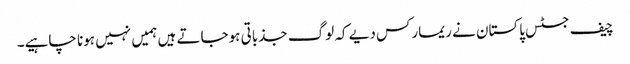
چیف جسٹس پاکستان نے ریمارکس دیے کہ لوگ جذباتی ہوجاتے ہیں ہمیں نہیں ہونا چاہیے۔